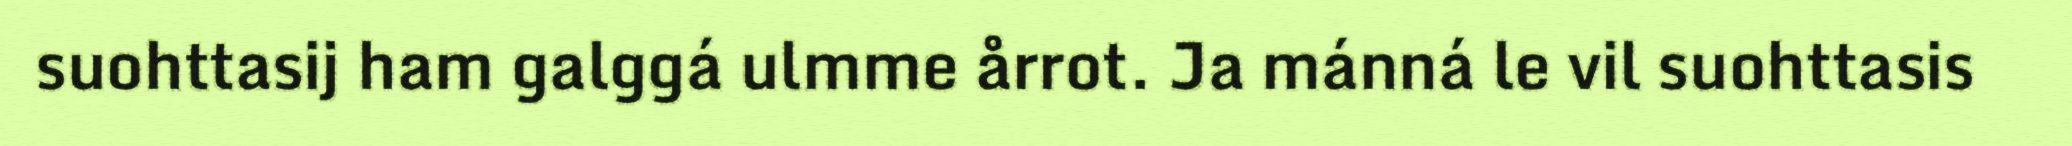
suohttasij ham galggá ulmme årrot. Ja mánná le vil suohttasis